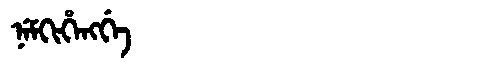
Manchu: ᠨᡝᠮᡴᡳᡥᡝᠩᡤᡝ
Romanization: NEMKIHENGGE